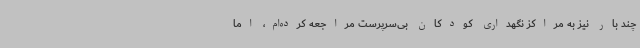
چند بار نیز به مراکز نگهداری کودکان بی‌سرپرست مراجعه کرده‌ام، اما